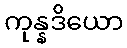
ကုန္နဒိယော